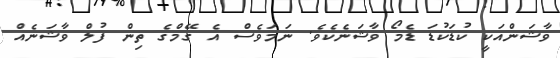
ވާޝަންއަކީ ކުޑަކުޑަ ޑެމޯ ވާޝަނެކެވެ. ނަމަވެސް އެ ގޭމްގެ ތިން ފުލް ވާޝަނެއް